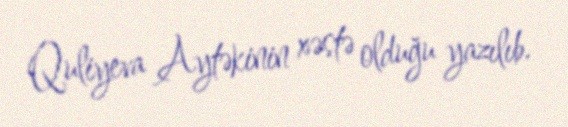
Quliyeva Aytəkinin xəstə olduğu yazılıb.